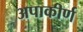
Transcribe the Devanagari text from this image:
अपाकीर्ण